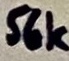
Text: 56k